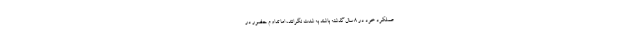
عملکرد خود در ۸ سال گذشته باشند به شدت نگرانند، اما تداوم حضور در